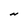
Character: N